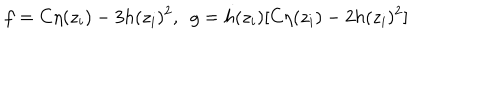
f = C \eta ( z _ { i } ) - 3 h ( z _ { i } ) ^ { 2 } , ~ ~ g = h ( z _ { i } ) [ C \eta ( z _ { i } ) - 2 h ( z _ { i } ) ^ { 2 } ]